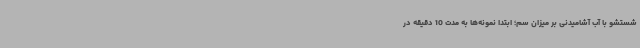
شستشو با آب آشامیدنی بر میزان سم؛ ابتدا نمونه‌ها به مدت 10 دقیقه در